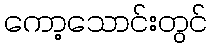
ကော့သောင်းတွင်